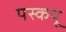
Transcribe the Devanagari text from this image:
पस्कपू